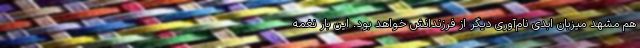
هم مشهد میزبان ابدی نام‌آوری دیگر از فرزندانش خواهد بود. این بار نغمه